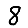
Digit: 8